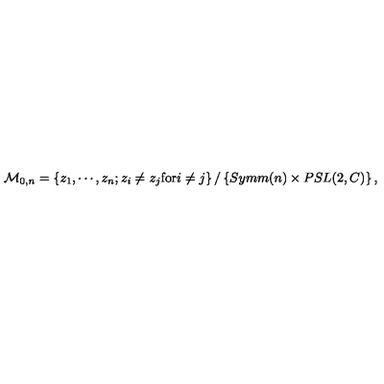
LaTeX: { \cal M } _ { 0 , n } = \left\{ z _ { 1 } , \cdots , z _ { n } ; z _ { i } \neq z _ { j } \mathrm { f o r } i \neq j \right\} / \left\{ S y m m ( n ) \times P S L ( 2 , C ) \right\} ,